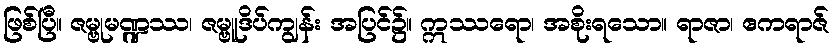
ဖြစ်ပြီ။ ဇမ္ဗုမဏ္ဍဿ၊ ဇမ္ဗူဒိပ်ကျွန်း အပြင်၌။ ဣဿရော၊ အစိုးရသော။ ရာဇာ၊ ဧကရာဇ်